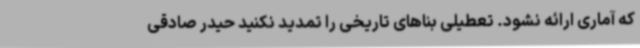
که آماری ارائه نشود. تعطیلی بناهای تاریخی را تمدید نکنید حیدر صادقی